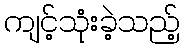
ကျင့်သုံးခဲ့သည့်